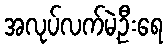
အလုပ်လက်မဲ့ဦးရေ